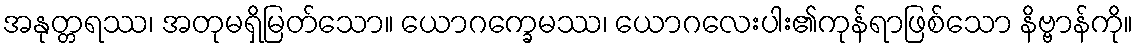
အနုတ္တရဿ၊ အတုမရှိမြတ်သော။ ယောဂက္ခေမဿ၊ ယောဂလေးပါး၏ကုန်ရာဖြစ်သော နိဗ္ဗာန်ကို။